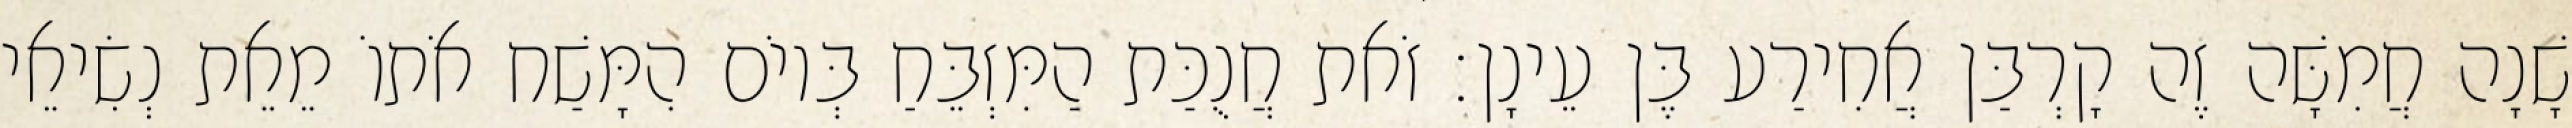
שָׁנָה חֲמִשָּׁה זֶה קָרְבַּן אֲחִירַע בֶּן עֵינָן׃ זֹאת חֲנֻכַּת הַמִּזְבֵּחַ בְּיוֹם הִמָּשַׁח אֹתוֹ מֵאֵת נְשִׂיאֵי